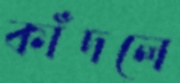
কাঁদলে